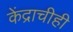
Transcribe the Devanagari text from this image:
केंद्राचीही